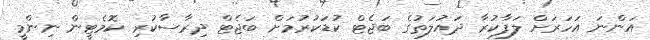
އަންނަ އަހަރަށް ލަފާކުރާ ދައުލަތުގެ ބަޖެޓް ކުޑަކުރުމަށް ބަޖެޓް ދިރާސާކުރި ކޮމެޓީން ނިންމީ